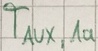
Text: TAUX,1A